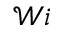
\mathcal { W } i